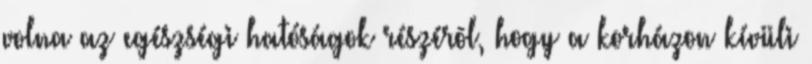
volna az egészségi hatóságok részérõl, hogy a korházon kívüli